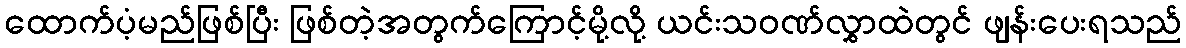
ထောက်ပံ့မည်ဖြစ်ပြီး ဖြစ်တဲ့အတွက်ကြောင့်မို့လို့ ယင်းသဝဏ်လွှာထဲတွင် ဖျန်းပေးရသည်